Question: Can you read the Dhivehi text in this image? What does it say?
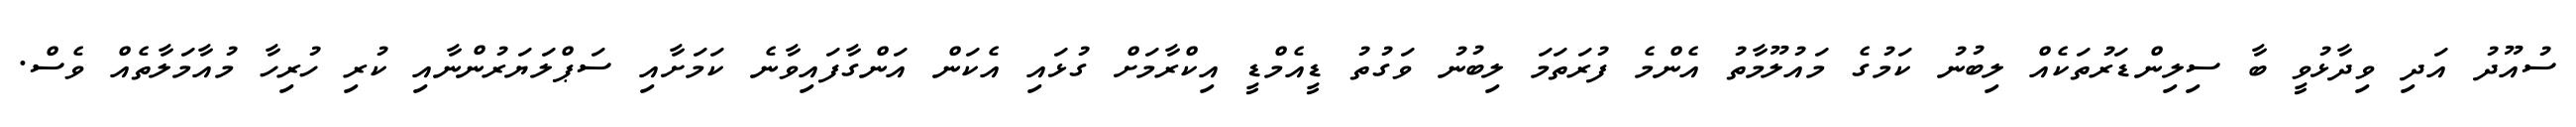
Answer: ސުއޫދު އަދި ވިދާޅުވީ ބާ ސިލިންޑަރުތަކެއް ލިބުނު ކަމުގެ މައުލޫމާތު އެންމެ ފުރަތަމަ ލިބުނު ވަގުތު ޑީއެމްޑީ އިކްރާމަށް ގުޅައި އެކަން އަންގާފައިވާނެ ކަމަށާއި ސަޕްލަޔަރުންނާއި ކުރި ހުރިހާ މުއާމަލާތެއް ވެސް.